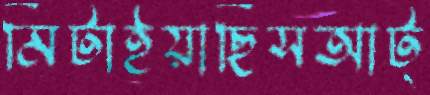
মিটাইয়াছিসআট্‌